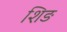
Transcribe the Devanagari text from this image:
शिङ